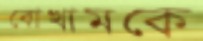
বোখামকে